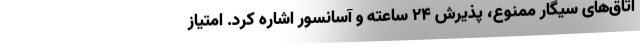
اتاق‌های سیگار ممنوع، پذیرش 24 ساعته و آسانسور اشاره کرد. امتیاز